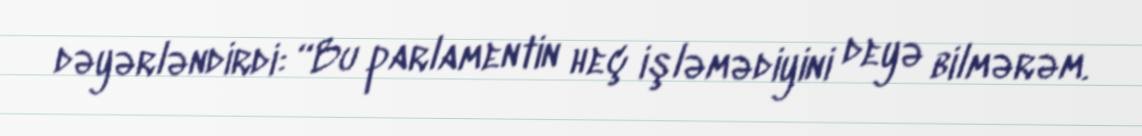
dəyərləndirdi: “Bu parlamentin heç işləmədiyini deyə bilmərəm.